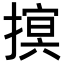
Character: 𢳡